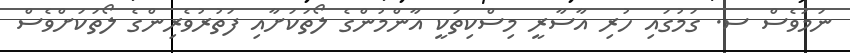
ނަމަވެސް ސ. ގަމުގައި ހުރި އާސާރީ މިސްކިތަކީ އާންމުންގެ ލޯތަކަށާއި ފަތުރުވެރިންގެ ލޯތަކަށްވެސް